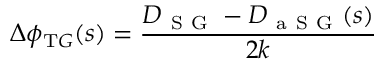
\Delta \phi _ { \mathrm { T } G } ( s ) = \frac { D _ { \mathrm { ~ S ~ G ~ } } - D _ { \mathrm { ~ a ~ S ~ G ~ } } ( s ) } { 2 k }